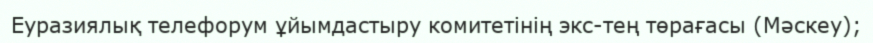
Еуразиялық телефорум ұйымдастыру комитетінің экс-тең төрағасы (Мәскеу);